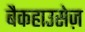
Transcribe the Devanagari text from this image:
बैकहाउसेज़